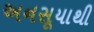
અનસૂયાથી